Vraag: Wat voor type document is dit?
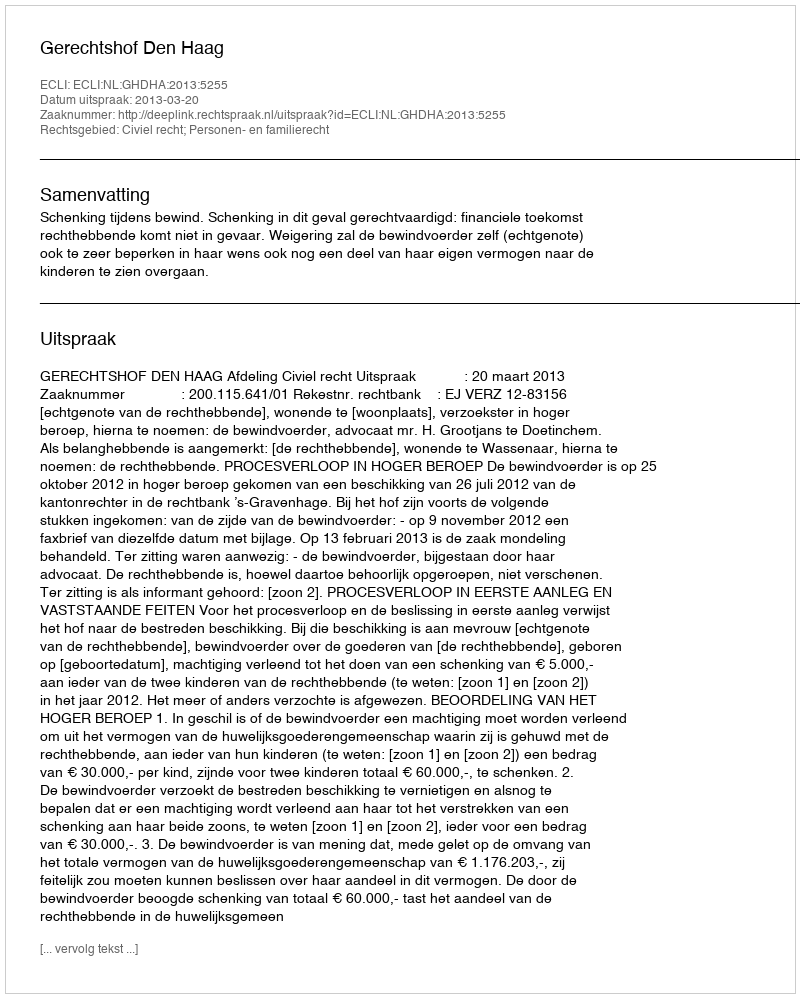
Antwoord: Uitspraak